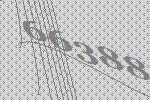
66388